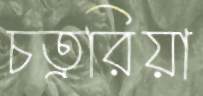
চতুরিয়া